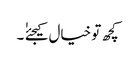
کچھ تو خیال کیجئےٰ ٰ ۔